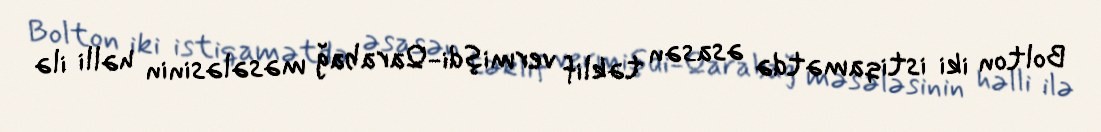
Bolton iki istiqamətdə əsasən təklif vermişdi-Qarabağ məsələsinin həlli ilə